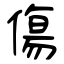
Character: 傷